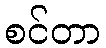
စင်တာ